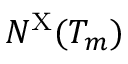
N ^ { \mathrm { X } } ( T _ { m } )